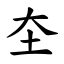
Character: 圶